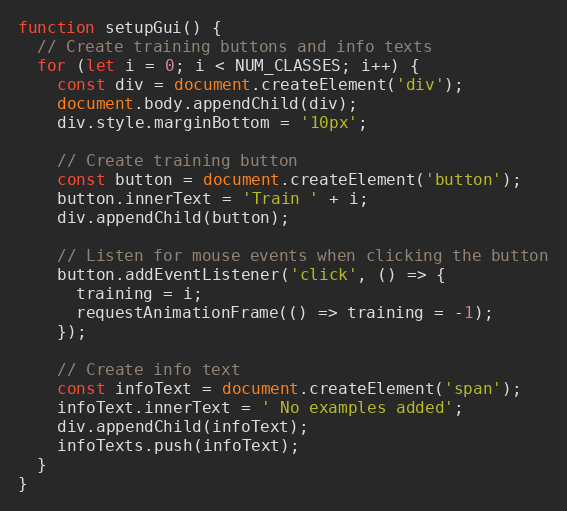
Language: JavaScript
function setupGui() {
  // Create training buttons and info texts
  for (let i = 0; i < NUM_CLASSES; i++) {
    const div = document.createElement('div');
    document.body.appendChild(div);
    div.style.marginBottom = '10px';

    // Create training button
    const button = document.createElement('button');
    button.innerText = 'Train ' + i;
    div.appendChild(button);

    // Listen for mouse events when clicking the button
    button.addEventListener('click', () => {
      training = i;
      requestAnimationFrame(() => training = -1);
    });

    // Create info text
    const infoText = document.createElement('span');
    infoText.innerText = ' No examples added';
    div.appendChild(infoText);
    infoTexts.push(infoText);
  }
}